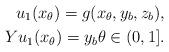
LaTeX: \begin{align*} u_1(x_\theta) = g(x_\theta,y_b,z_b),\\ Yu_1(x_\theta) = y_b \theta \in (0,1]. \end{align*}